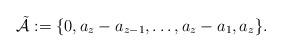
LaTeX: \begin{align*}\mathcal{\tilde{A}}:=\{0,a_z-a_{z-1},\ldots,a_z-a_1,a_z\}.\end{align*}